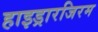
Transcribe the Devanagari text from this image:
हाइड्रारजिरम